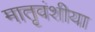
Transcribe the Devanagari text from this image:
मातृवंशीया